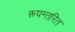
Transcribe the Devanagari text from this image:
रूपन्तरित